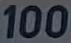
100